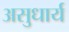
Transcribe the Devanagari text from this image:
असुधार्य